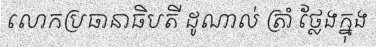
លោកប្រធានាធិបតី ដូណាល់ ត្រាំ ថ្លែងក្នុង